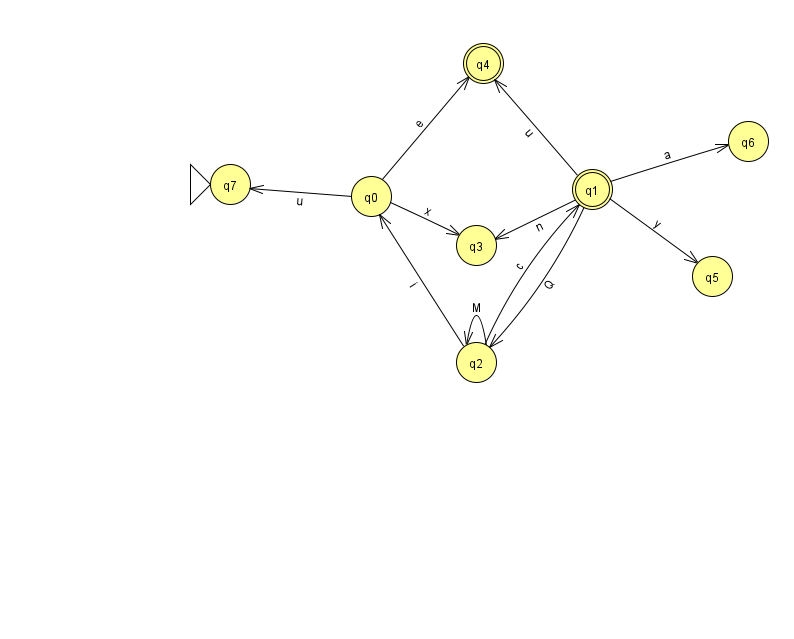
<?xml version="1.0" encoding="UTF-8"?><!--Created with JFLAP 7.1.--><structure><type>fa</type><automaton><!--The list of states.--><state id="0" name="q0"><x>371.0</x><y>183.0</y></state><state id="1" name="q1"><x>592.0</x><y>176.0</y><final/></state><state id="2" name="q2"><x>476.0</x><y>349.0</y></state><state id="3" name="q3"><x>476.0</x><y>232.0</y></state><state id="4" name="q4"><x>483.0</x><y>50.0</y><final/></state><state id="5" name="q5"><x>712.0</x><y>263.0</y></state><state id="6" name="q6"><x>748.0</x><y>128.0</y></state><state id="7" name="q7"><x>230.0</x><y>171.0</y><initial/></state><!--The list of transitions.--><transition><from>1</from><to>4</to><read>u</read></transition><transition><from>1</from><to>5</to><read>y</read></transition><transition><from>1</from><to>6</to><read>a</read></transition><transition><from>2</from><to>0</to><read>i</read></transition><transition><from>1</from><to>3</to><read>n</read></transition><transition><from>1</from><to>2</to><read>Q</read></transition><transition><from>0</from><to>7</to><read>u</read></transition><transition><from>2</from><to>1</to><read>c</read></transition><transition><from>0</from><to>3</to><read>x</read></transition><transition><from>2</from><to>2</to><read>M</read></transition><transition><from>0</from><to>4</to><read>e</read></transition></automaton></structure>